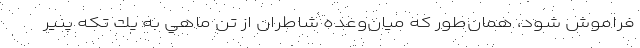
فراموش شود، همان‌طور كه ميان‌وعده شاطران از تن ماهي به يك تكه پنير